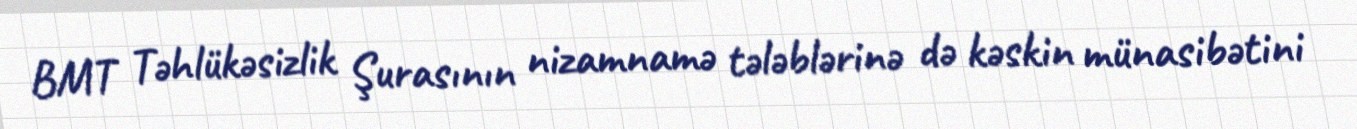
BMT Təhlükəsizlik Şurasının nizamnamə tələblərinə də kəskin münasibətini